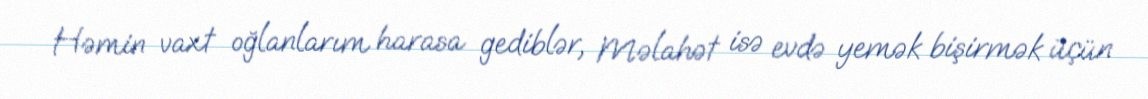
Həmin vaxt oğlanlarım harasa gediblər, Məlahət isə evdə yemək bişirmək üçün